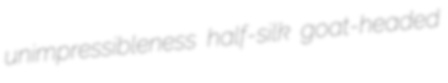
unimpressibleness half-silk goat-headed